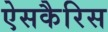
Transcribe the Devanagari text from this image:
ऐसकैरिस